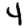
Digit: 4